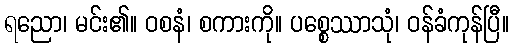
ရညော၊ မင်း၏။ ဝစနံ၊ စကားကို။ ပစ္စေဿာသုံ၊ ဝန်ခံကုန်ပြီ။